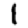
Digit: 1